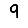
Digit: 9